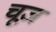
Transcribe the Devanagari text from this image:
चूज